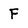
Character: F